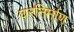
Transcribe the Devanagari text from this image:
घरनिर्माण